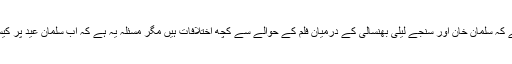
کہا جا رہا ہے کہ سلمان خان اور سنجے لیلی بھنسالی کے درمیان فلم کے حوالے سے کچھ اختلافات ہیں مگر مسئلہ یہ ہے کہ اب سلمان عید پر کیسے آئیں گے۔